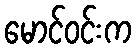
မောင်ဝင်းက